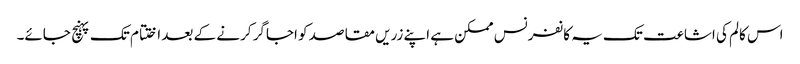
اس کالم کی اشاعت تک یہ کانفرنس ممکن ہے اپنے زریں مقاصد کو اجاگر کرنے کے بعد اختتام تک پہنچ جائے۔